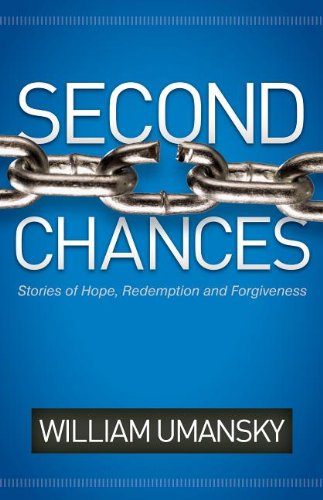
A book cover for Second Chances: Stories of Hope, Redemption, and Forgiveness; William Umansky; Religion & Spirituality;